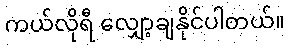
ကယ်လိုရီ လျှော့ချနိုင်ပါတယ်။